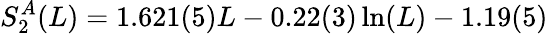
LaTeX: S_{2}^{A}(L)=1.621(5)L-0.22(3)\ln(L)-1.19(5)